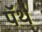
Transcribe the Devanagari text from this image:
पॅर्थ़